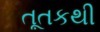
તૂતકથી